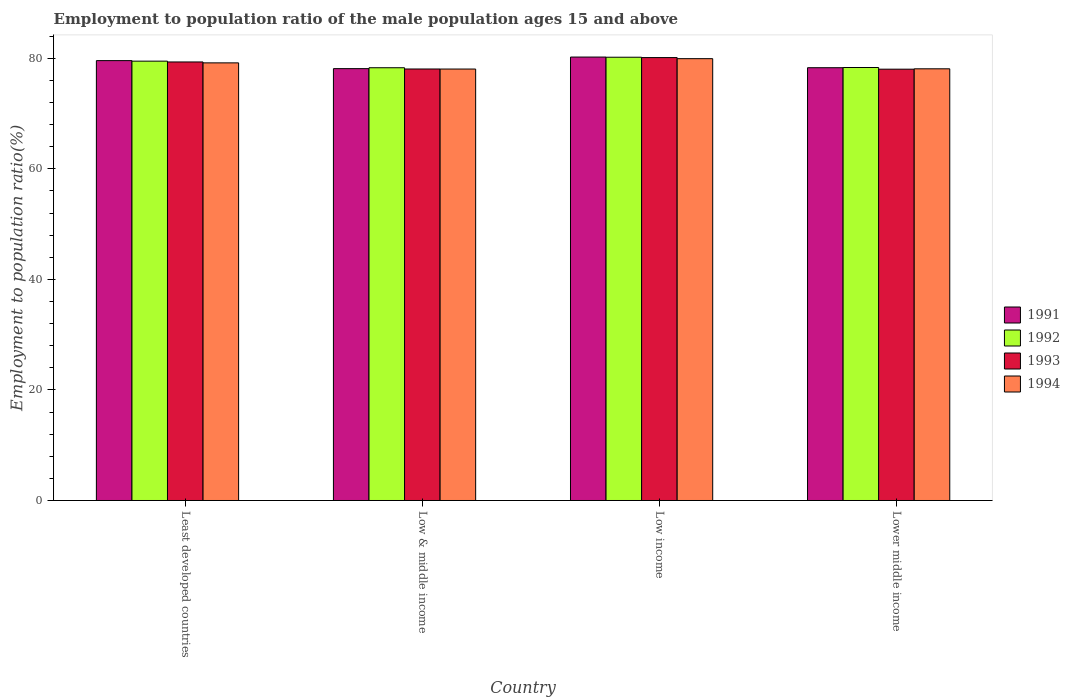
| Country | 1991 | 1992 | 1993 | 1994 |
 | --- | --- | --- | --- | --- |
 | Least developed countries | 79.6 | 79.5 | 79.3 | 79.2 |
 | Low & middle income | 78.1 | 78.3 | 78.1 | 78.1 |
 | Low income | 80.2 | 80.2 | 80.1 | 79.9 |
 | Lower middle income | 78.3 | 78.3 | 78 | 78.1 |